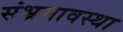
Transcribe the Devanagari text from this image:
संभ्रमावस्था